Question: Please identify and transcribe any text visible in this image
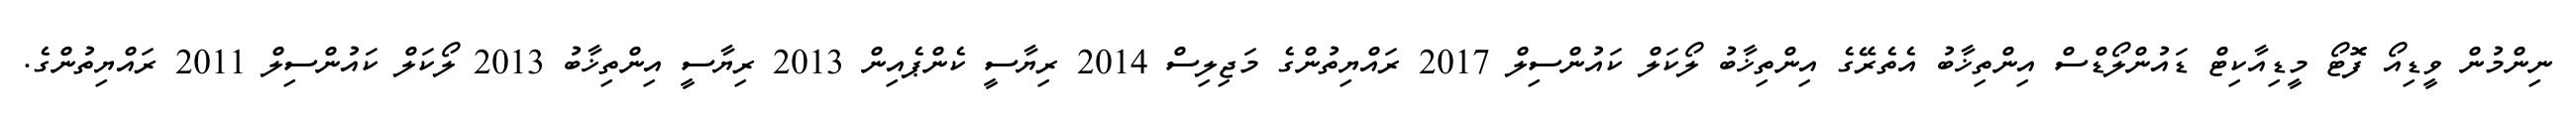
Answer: ނިންމުން ވީޑިއޯ ފޮޓޯ މީޑިއާކިޓް ޑައުންލޯޑްސް އިންތިޚާބު އެތެރޭގެ އިންތިޚާބު ލޯކަލް ކައުންސިލް 2017 ރައްޔިތުންގެ މަޖިލިސް 2014 ރިޔާސީ ކެންޕެއިން 2013 ރިޔާސީ އިންތިޚާބު 2013 ލޯކަލް ކައުންސިލް 2011 ރައްޔިތުންގެ.